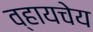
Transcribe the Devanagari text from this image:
व्हायचेय